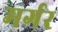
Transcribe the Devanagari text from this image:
मर्गर